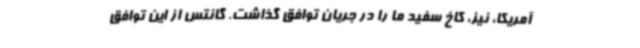
آمریکا، نیز، کاخ سفید ما را در جریان توافق گذاشت. گانتس از این توافق